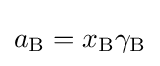
a_{\mathrm {B} }=x_{\mathrm {B} }\gamma _{\mathrm {B} }